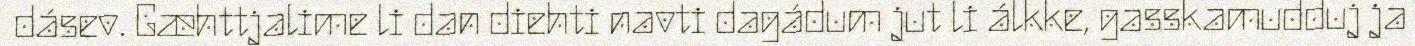
dásev. Gæhttjalime li dan diehti navti dagádum jut li álkke, gasskamudduj ja